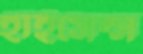
হাইসেন্স